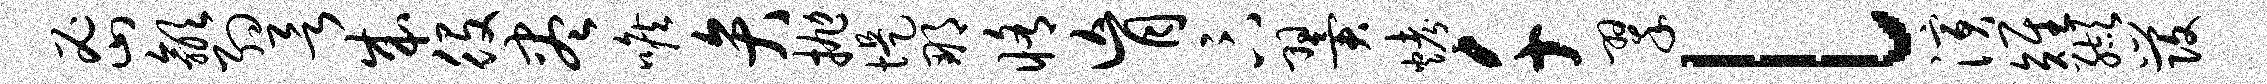
密歙约欲成役尽喉弁抛堤那修肓卞翼烤千翠l演雉缬发